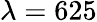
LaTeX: \lambda=625